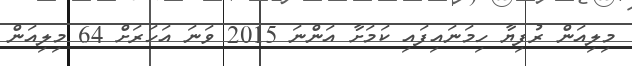
މިލިއަން ރުފިޔާ ހިމަނައިފައި ކަމަށާ އަންނަ 2015 ވަނަ އަހަރަށް 64 މިލިއަން